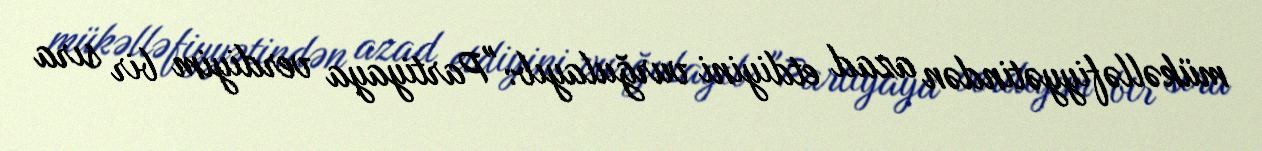
mükəlləfiyyətindən azad etdiyini vurğulayıb: "Partiyaya verdiyim bir sıra